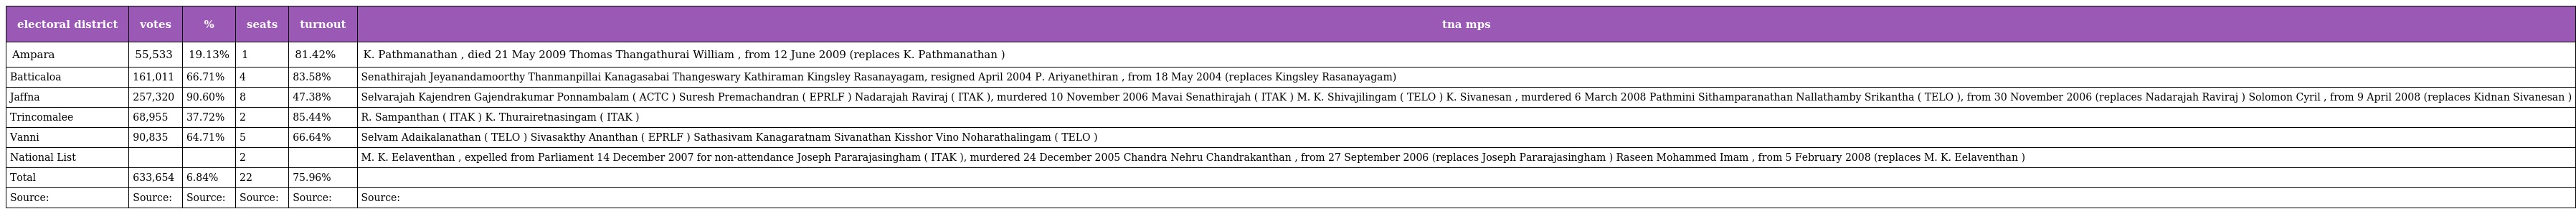
| electoral district | votes | % | seats | turnout | tna mps |
 | --- | --- | --- | --- | --- | --- |
 | Ampara | 55,533 | 19.13% | 1 | 81.42% | K. Pathmanathan , died 21 May 2009 Thomas Thangathurai William , from 12 June 2009 (replaces K. Pathmanathan ) |
 | Batticaloa | 161,011 | 66.71% | 4 | 83.58% | Senathirajah Jeyanandamoorthy Thanmanpillai Kanagasabai Thangeswary Kathiraman Kingsley Rasanayagam, resigned April 2004 P. Ariyanethiran , from 18 May 2004 (replaces Kingsley Rasanayagam) |
 | Jaffna | 257,320 | 90.60% | 8 | 47.38% | Selvarajah Kajendren Gajendrakumar Ponnambalam ( ACTC ) Suresh Premachandran ( EPRLF ) Nadarajah Raviraj ( ITAK ), murdered 10 November 2006 Mavai Senathirajah ( ITAK ) M. K. Shivajilingam ( TELO ) K. Sivanesan , murdered 6 March 2008 Pathmini Sithamparanathan Nallathamby Srikantha ( TELO ), from 30 November 2006 (replaces Nadarajah Raviraj ) Solomon Cyril , from 9 April 2008 (replaces Kidnan Sivanesan ) |
 | Trincomalee | 68,955 | 37.72% | 2 | 85.44% | R. Sampanthan ( ITAK ) K. Thurairetnasingam ( ITAK ) |
 | Vanni | 90,835 | 64.71% | 5 | 66.64% | Selvam Adaikalanathan ( TELO ) Sivasakthy Ananthan ( EPRLF ) Sathasivam Kanagaratnam Sivanathan Kisshor Vino Noharathalingam ( TELO ) |
 | National List |  |  | 2 |  | M. K. Eelaventhan , expelled from Parliament 14 December 2007 for non-attendance Joseph Pararajasingham ( ITAK ), murdered 24 December 2005 Chandra Nehru Chandrakanthan , from 27 September 2006 (replaces Joseph Pararajasingham ) Raseen Mohammed Imam , from 5 February 2008 (replaces M. K. Eelaventhan ) |
 | Total | 633,654 | 6.84% | 22 | 75.96% |  |
 | Source: | Source: | Source: | Source: | Source: | Source: |